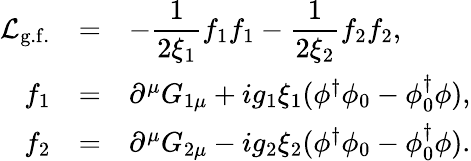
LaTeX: \begin{array}{rcl}{{{\cal L}_{\mathrm{g.f.}}}}&{{=}}&{{\displaystyle-\frac{1}{2\xi_{1}}f_{1}f_{1}-\frac{1}{2\xi_{2}}f_{2}f_{2},}}\\ {{f_{1}}}&{{=}}&{{\partial^{\mu}G_{1\mu}+ig_{1}\xi_{1}(\phi^{\dagger}\phi_{0}-\phi_{0}^{\dagger}\phi),}}\\ {{f_{2}}}&{{=}}&{{\partial^{\mu}G_{2\mu}-ig_{2}\xi_{2}(\phi^{\dagger}\phi_{0}-\phi_{0}^{\dagger}\phi).}}\end{array}